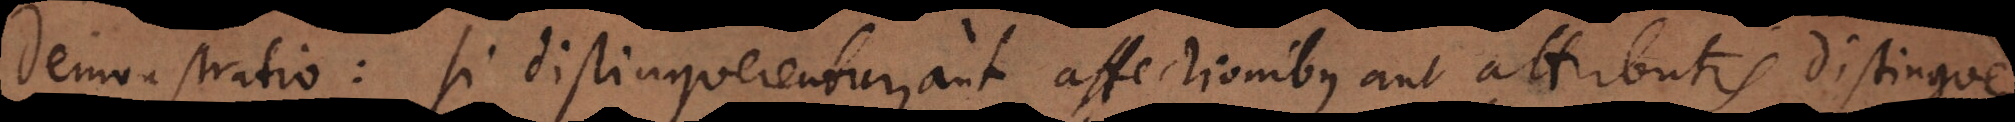
Demonstratio: Si distinguerentur, aut affectionibus aut attributis distingue